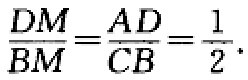
\(\frac{DM}{BM}=\frac{AD}{CB}=\frac{1}{2}\)